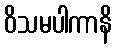
ဝိသမပါကာနိ